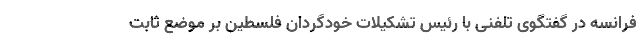
فرانسه در گفتگوی تلفنی با رئیس تشکیلات خودگردان فلسطین بر موضع ثابت